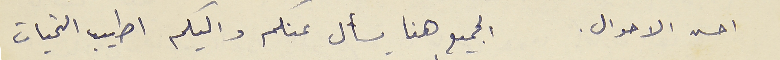
احسن الاحوال. الجميع هنا يسأل عنكم واليكم اطيب التحيات